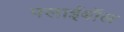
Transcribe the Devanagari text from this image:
फ्लाईबॉल